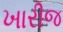
ખારીજ